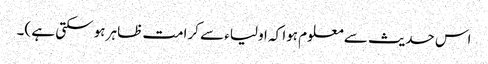
اس حدیث سے معلوم ہوا کہ اولیاء سے کرامت ظاہر ہو سکتی ہے )۔